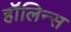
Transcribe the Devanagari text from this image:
हॉलिन्स